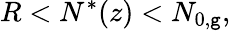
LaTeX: R<N^{*}(z)<N_{0,\mathtt{g}},